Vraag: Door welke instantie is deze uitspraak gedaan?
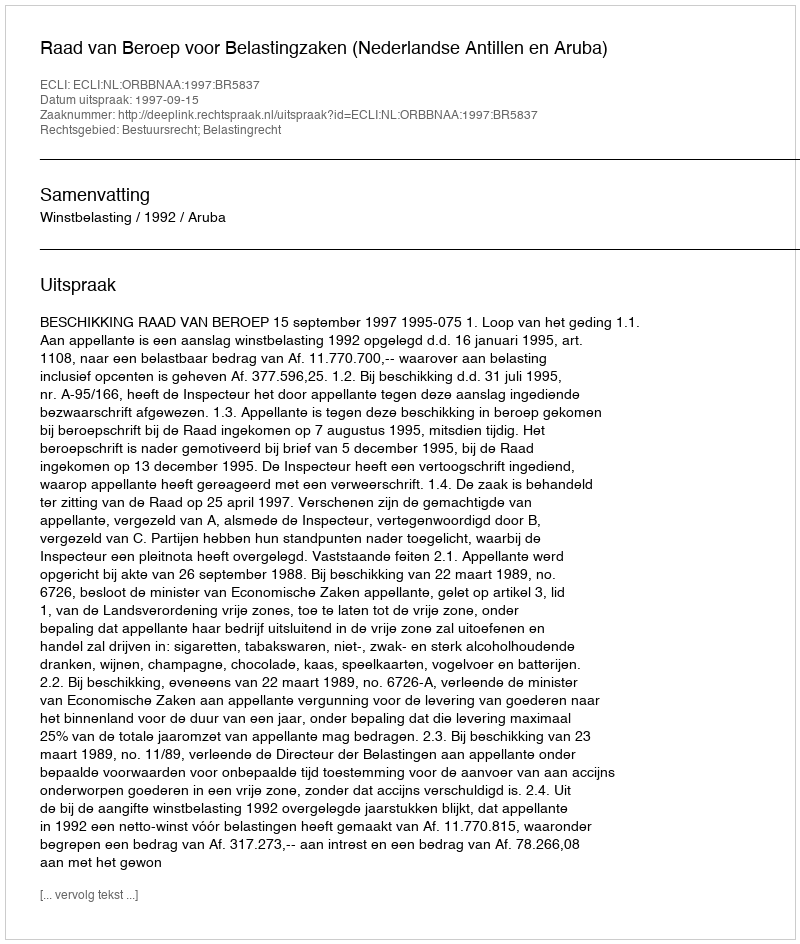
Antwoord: Raad van Beroep voor Belastingzaken (Nederlandse Antillen en Aruba)